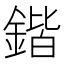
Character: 鍇